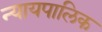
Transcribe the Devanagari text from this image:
न्यायपालिक